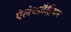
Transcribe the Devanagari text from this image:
ऐलेक्ज़ैड्रियन